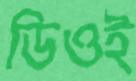
ডিওই